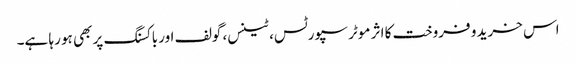
اس خرید و فروخت کا اثر موٹر سپورٹس، ٹینس، گولف اور باکسنگ پر بھی ہو رہا ہے۔